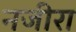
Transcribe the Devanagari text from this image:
नजीरा